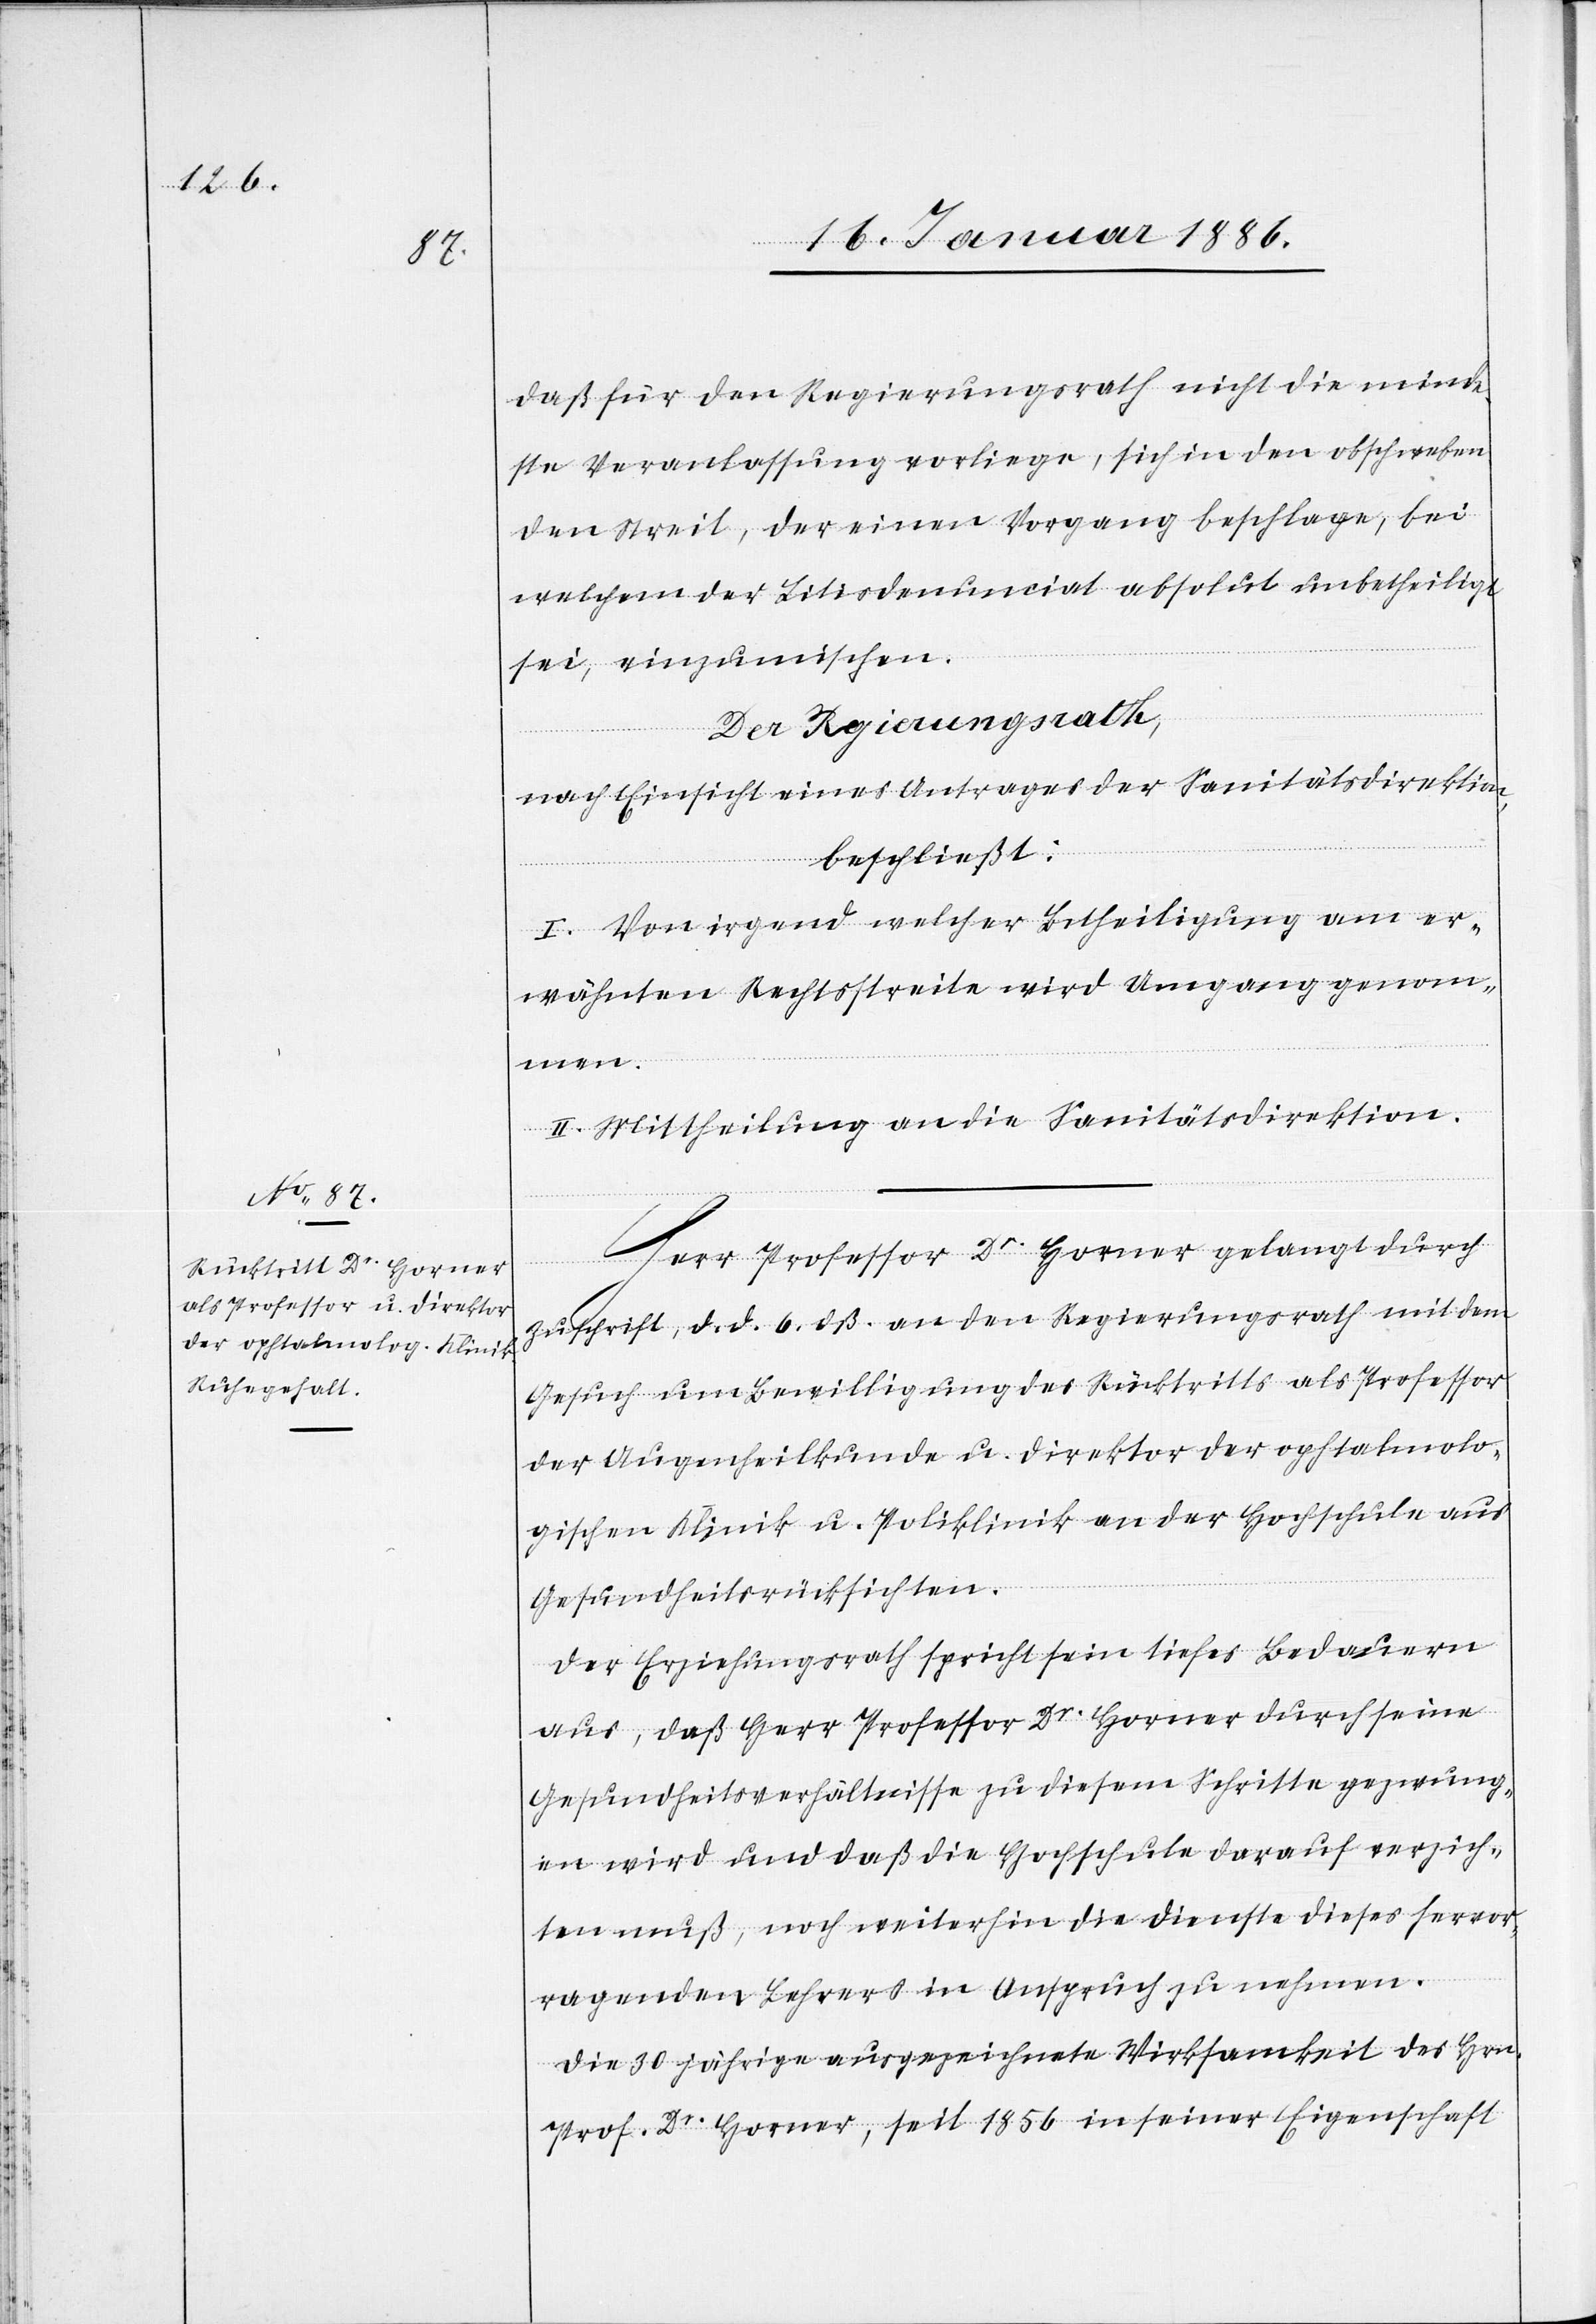
daß für den Regierungsrath nicht die minde¬
ste Veranlassung vorliege, sich in den obschweben¬
den Streit, der einen Vorgang beschlage, bei
welchen der Litisdenunciat absolut unbetheiligt
sei, einzumischen.
Der Regierungsrath,
nach Einsicht eines Antrages der Sanitätsdirektion,
beschließt:
I. Von irgend welcher Betheiligung am er¬
wähnten Rechtsstreite wird Umgang genom¬
men.
II. Mittheilung an die Sanitätsdirektion.
Herr Professor Dr Horner gelangt durch
Zuschrift, d. d. 6. dß. an den Regierungsrath mit dem
Gesuch um Bewilligung des Rücktritts als Professor
der Augenheilkunde u. Direktor der ophtalmolo¬
gischen Klinik u. Poliklinik an der Hochschule aus
Gesundheitsrücksichten.
Der Erziehungsrath spricht sein tiefes Bedauern
aus, daß Herr Professor Dr Horner durch seine
Gesundheitsverhältnisse zu diesem Schritte gezwung¬
en wird und daß die Hochschule darauf verzich¬
ten muß, noch weiterhin die Dienste dieses hervor¬
ragenden Lehrers in Anspruch zu nehmen.
Die 30 jährige ausgezeichnete Wirksamkeit des Hrn.
Prof. Dr Horner, seit 1856 in seiner Eigenschaft